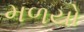
મળયો